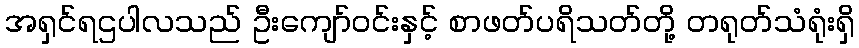
အရှင်ရဌပါလသည် ဦးကျော်ဝင်းနှင့် စာဖတ်ပရိသတ်တို့ တရုတ်သံရုံးရှိ